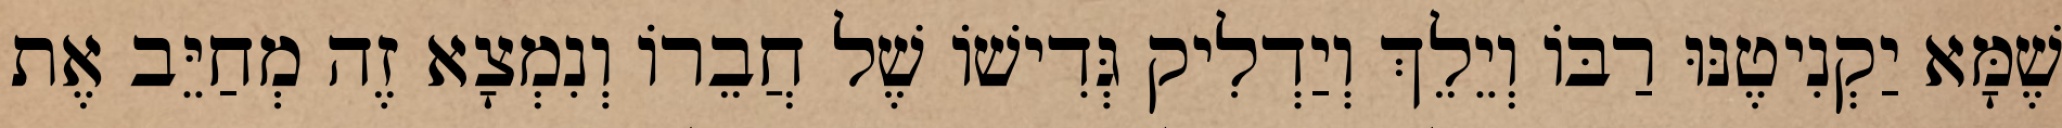
שֶׁמָּא יַקְנִיטֶנּוּ רַבּוֹ וְיֵלֵךְ וְיַדְלִיק גְּדִישׁוֹ שֶׁל חֲבֵרוֹ וְנִמְצָא זֶה מְחַיֵּב אֶת